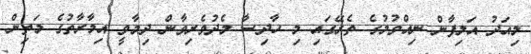
މިއަދު އަލިފާން ނިއްވުމުގެ ތެރޭގައި މި ހާދިސާ މެދުވެރިވާން ދިމާވީ އިމާރާތުގެ މަތިން